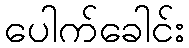
ပေါက်ခေါင်း